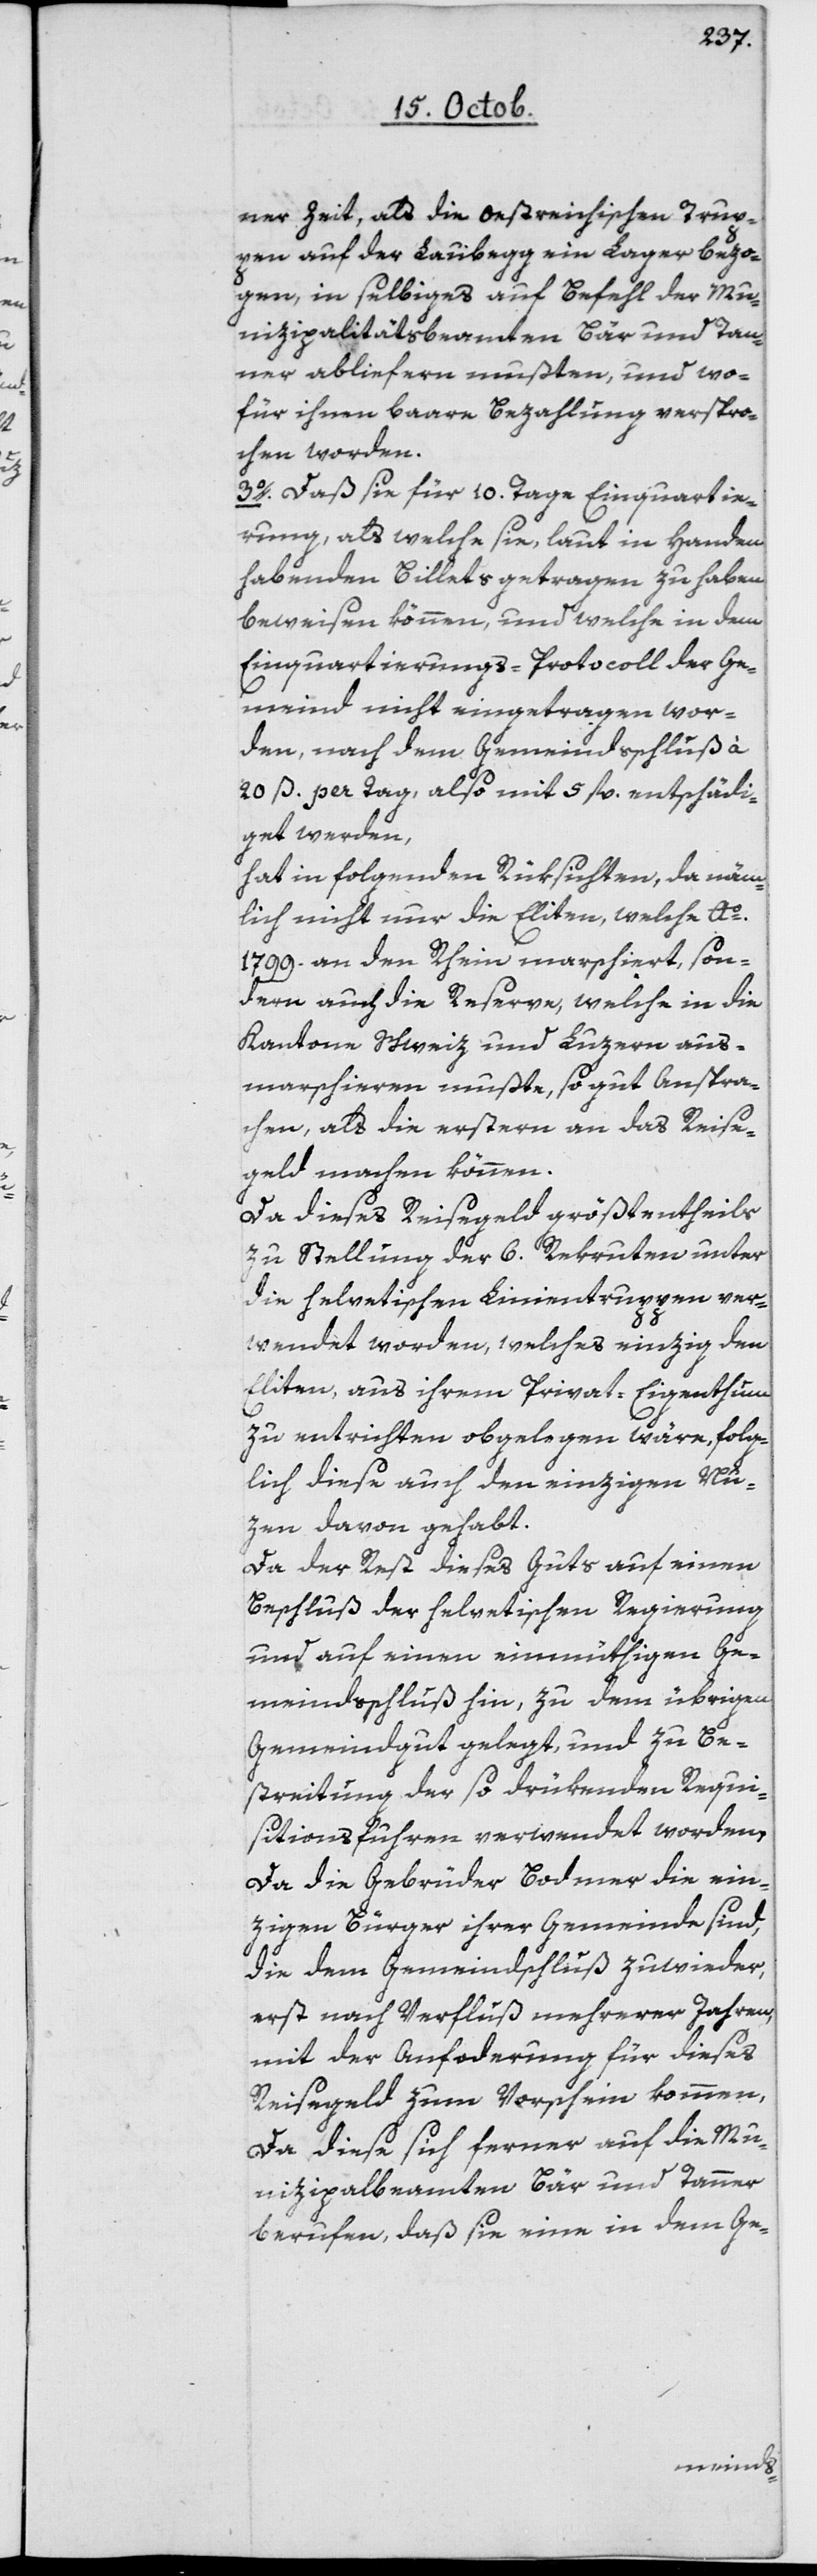
seiner Zeit, als die oestreichischen Trup¬
pen auf der Laubegg ein Lager bezo¬
gen, in selbiges auf Befehl der Mu¬
nizipalitätsbeamten Bär und Tan¬
ner abliefern mußten, und wo¬
für ihnen baare Bezahlung verspro¬
chen worden.
3o Daß sie für 10 Tage Einquartie¬
rung, als welche sie, laut in Handen
habenden Billets getragen zu haben
beweisen können, und welche in dem
Einquartierungs-Protocoll der Ge¬
meind nicht eingetragen wor¬
den, nach dem Gemeindsschluß
20 ß per Tag, also mit 5 fl. entschädi¬
get werden;
hat in folgenden Rüksichten, da näm¬
lich nicht nur die Eliten, welche Ao
1799 an den Rhein marschiert, son¬
dern auch die Reserve, welche in die
Kantone Schweiz und Luzern aus¬
marschieren mußte, so gut anspre¬
chen, als die erstern an das Reise¬
geld machen können.
Da dieses Reisegeld größtentheils
zu Stellung der 6 Rekruten unter
die helvetischen Linientruppen ver¬
wendet worden, welches einzig den
Eliten, aus ihrem Privat-Eigenthum
zu entrichten obgelegen wäre, folg¬
lich diese auch den einzigen Nu¬
zen davon gehabt.
Da der Rest dieses Guts auf einen
Beschluß der helvetischen Regierung
und auf einen einmüthigen Ge¬
meindsschluß hin, zu dem übrigen
Gemeindgut gelegt, und zu Be¬
streitung der so drükenden Requi¬
sitionsfuhren verwendet worden.
Da die Gebrüder Bodmer die ein¬
zigen Bürger ihrer Gemeinde sind,
die dem Gemeindschluß zuwieder,
erst nach Verfluß mehrerer Jahren,
mit der Anforderung für dieses
Reisegeld zum Vorschein kommen,
da diese sich ferner auf die Mu¬
nizipalbeamten Bär und Tanner
berufen, daß sie eine in dem Ge-